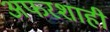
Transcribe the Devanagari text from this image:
अफरशाही